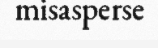
misasperse